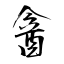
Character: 酓